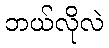
ဘယ်လိုလဲ